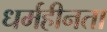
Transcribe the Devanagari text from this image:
धर्महीनता